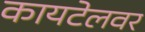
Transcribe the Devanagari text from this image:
कायटेलवर